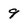
Character: 9